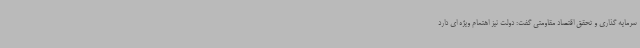
سرمایه گذاری و تحقق اقتصاد مقاومتی گفت: دولت نیز اهتمام ویژه ای دارد